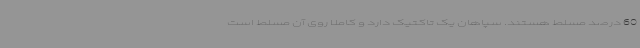
60 درصد مسلط هستند. سپاهان یک تاکتیک دارد و کاملا روی آن مسلط است